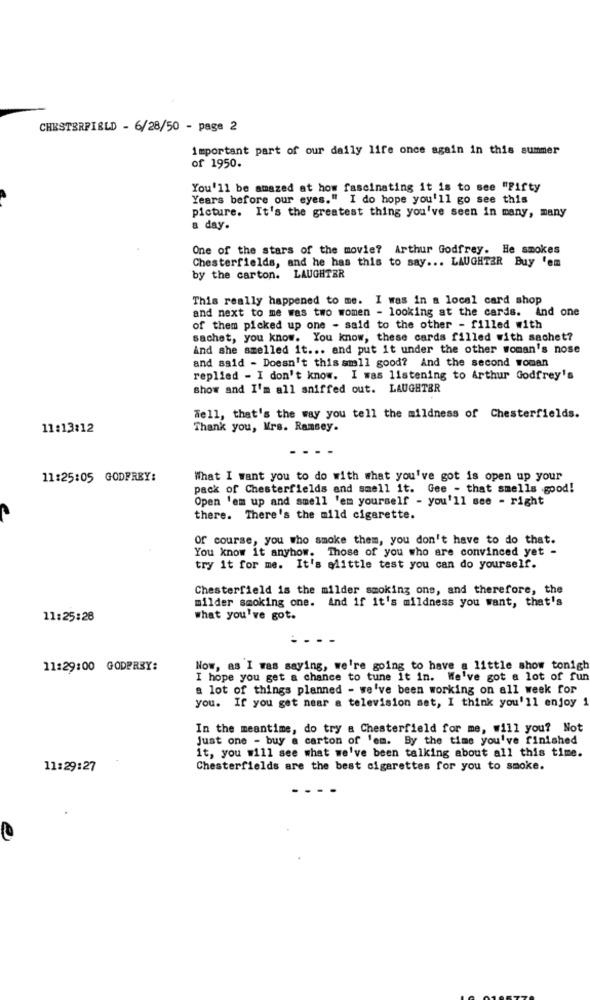
CHESTERFIELD - 6/28/50 - page 2
important part of our daily life once again in this summer
of 1950.
You'll be amazed at how fascinating it is to see "Fifty
Years before our eyes." I do hope you'll go see this
picture. It's the greatest thing you've seen in many, many
a day.
One of the stars of the movie? Arthur Godfrey. He smokes
Chesterfields, and he has this to say ... LAUGHTER Buy 'em
by the carton. LAUGHTER
This really happened to me. I was in a local card shop
and next to me was two women - looking at the cards. And one
of them picked up one - said to the other - filled with
sachet, you know. You know, these cards filled with sachet?
And she smelled it ... and put it under the other woman's nose
and said - Doesn't this smll good? And the second roman
replied - I don't know. I was listening to Arthur Godfrey's
show and I'm all sniffed out. LAUGHTER
Well, that's the way you tell the mildness of Chesterfields.
11:13:12
Thank you, Mrs. Ramsey.
11:25:05 GODFREY:
What I want you to do with what you've got is open up your
pack of Chesterfields and smell it. Gee - that smells .good!
Open 'em up and smell 'em yourself - you'll see - right
there. There's the mild cigarette.
Of course, you who smoke them, you don't have to do that.
You know it anyhow. Those of you who are convinced yet -
try it for me. It's alittle test you can do yourself.
Chesterfield is the milder smoking ons, and therefore, the
milder smoking one. And if it's mildness you want, that's
11:25:28
what you've got.
---
11:29:00 GODPREY:
Now, as I was saying, we're going to have a little show tonigh
I hope you get a chance to tune it in. We've got a lot of fun
a lot of things planned - we've been working on all week for
you. If you get near a television set, I think you'll enjoy 1
In the meantime, do try a Chesterfield for me, will you? Not
Just one - buy a carton of 'em. By the time you've finished
it, you will see what we've been talking about all this time.
11:29:27
Chesterfields are the best cigarettes for you to smoke.